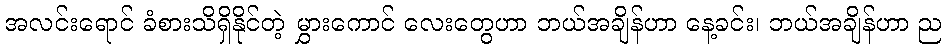
အလင်းရောင် ခံစားသိရှိနိုင်တဲ့ မွှားကောင် လေးတွေဟာ ဘယ်အချိန်ဟာ နေ့ခင်း၊ ဘယ်အချိန်ဟာ ည